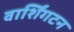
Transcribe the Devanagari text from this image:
वार्शिंगटन